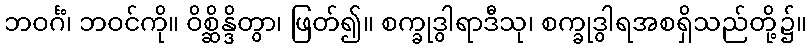
ဘဝင်္ဂံ၊ ဘဝင်ကို။ ဝိစ္ဆိန္ဒိတွာ၊ ဖြတ်၍။ စက္ခုဒွါရာဒီသု၊ စက္ခုဒွါရအစရှိသည်တို့၌။